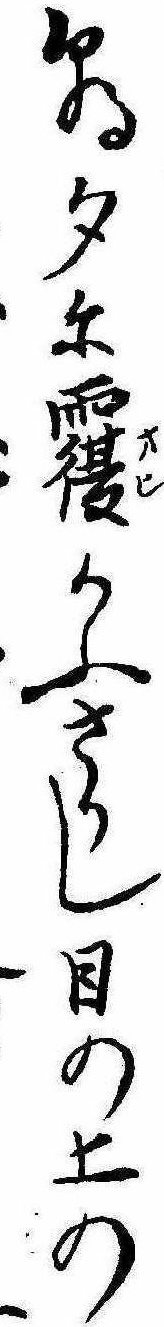
朝夕に覆かふさりし目の上の